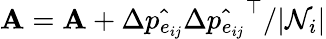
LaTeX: \mathbf{A}=\mathbf{A}+\Delta\hat{{p_{e_{ij}}}}\Delta\hat{{p_{e_{ij}}}}^{\top}/|\mathcal{{N}}_{i}|